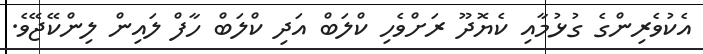
އެކުވެރިންގެ ގުޅުމާއި ކެޔޮދޫ ރަށްވެހި ކްލަބް އަދި ކްލަބް ހާފް ލައިން ލިންކޭޖޭވެ.